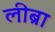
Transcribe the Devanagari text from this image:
लीब्रा